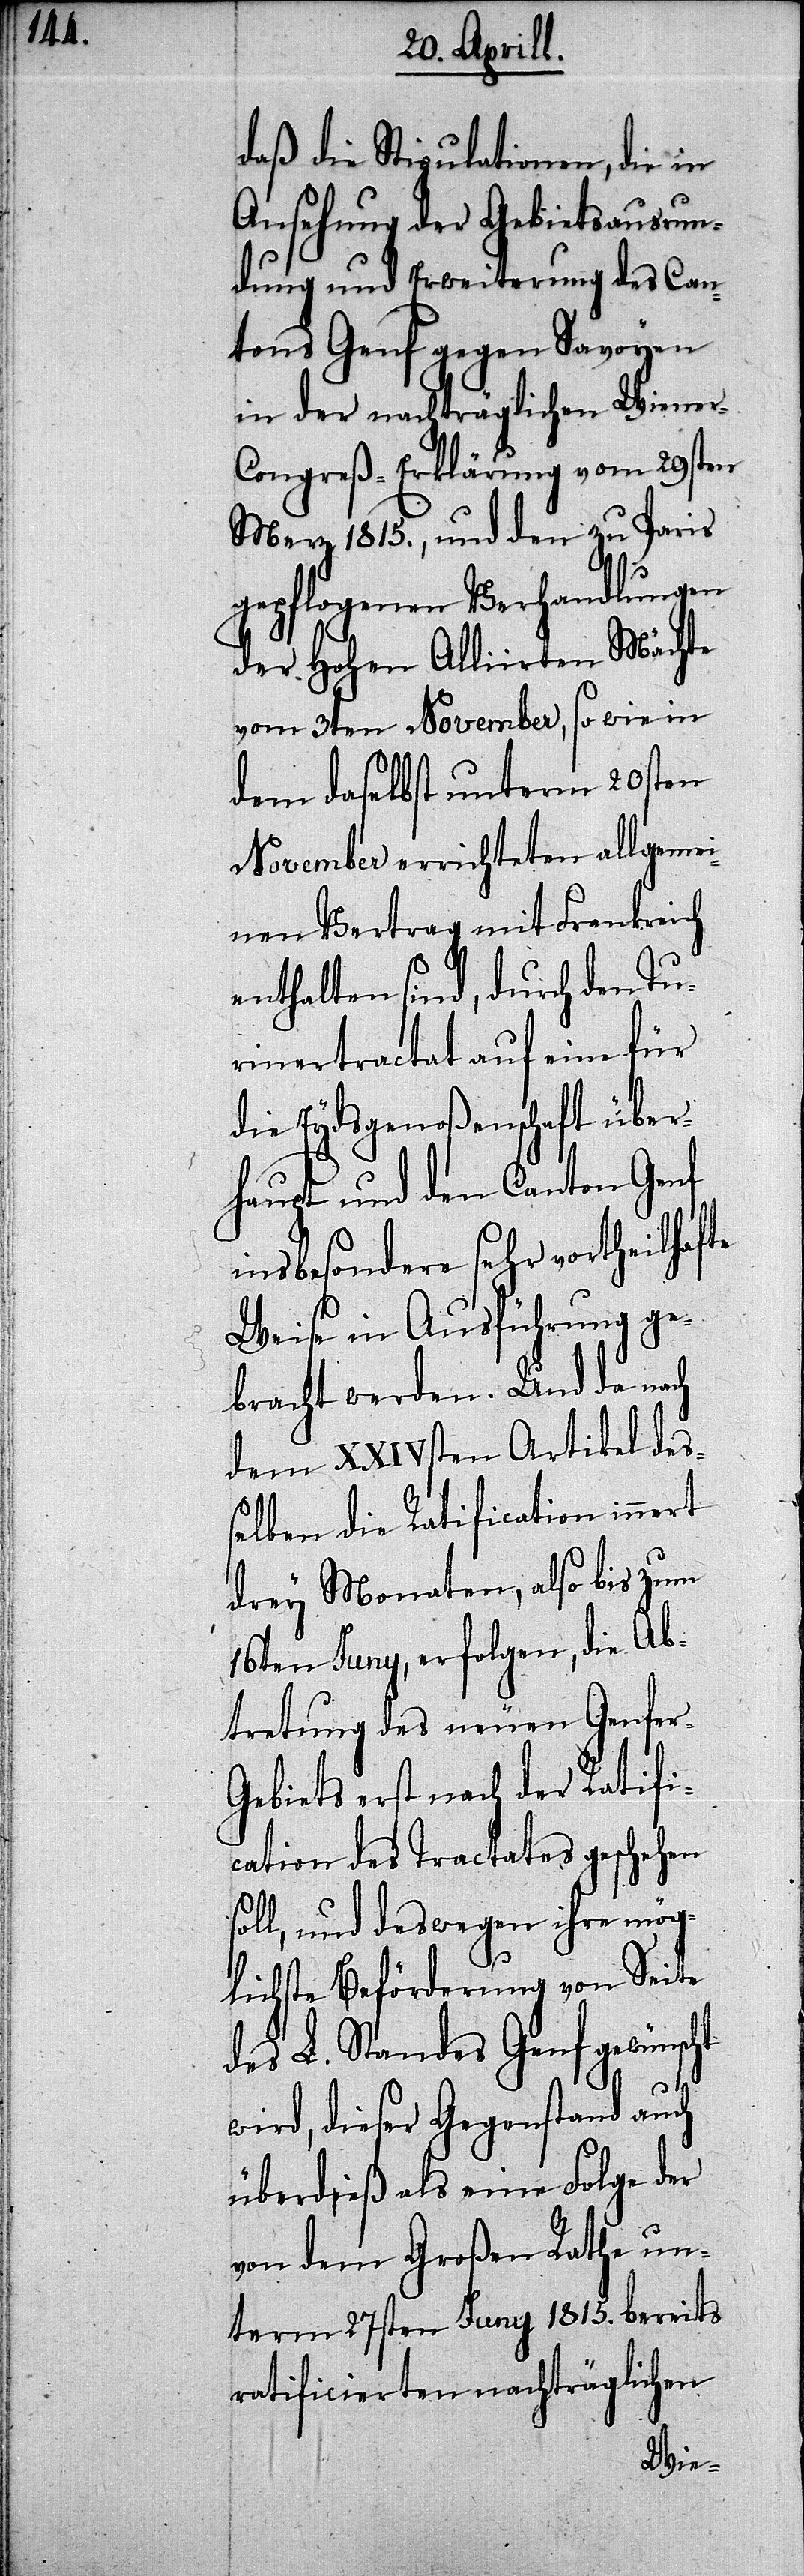
daß die Stipulationen, die in
Ansehung der Gebietsausrun¬
dung und Erweiterung des Can¬
tons Genf gegen Savoyen
in der nachträglichen Wiener-C¬
ongreß-Erklärung vom 29sten
Merz 1815., und den zu Paris
gepflogenen Verhandlungen
der Hohen Alliirten Mächte
vom 3ten November, so wie in
dem daselbst unterm 20sten
November errichteten allgemei¬
nen Vertrag mit Frankreich
enthalten sind, durch den Tu¬
rinertractat auf eine für
die Eydsgenoßenschaft über¬
haupt und den Canton Genf
insbesondere sehr vortheilhafte
Weise in Ausführung ge¬
bracht werden. Und da nach
dem XXIVsten Artikel deß¬
elben die Ratification innert
drey Monaten, also bis zum
16ten Juny, erfolgen, die Ab¬
tretung des neuen Genfer-G¬
ebiets erst nach der Ratifi¬
cation des Tractates geschehen
soll, und deswegen ihre mög¬
lichste Beförderung von Seite
des L. Standes Genf gewünscht
wird, dieser Gegenstand auch
überdieß als eine Folge der
von dem Großen Rathe un¬
term 27sten Juny 1815. bereits
ratificierten nachträglichen